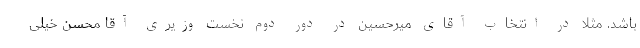
باشد. مثلا در انتخاب آقای میرحسین در دور دوم نخست وزیری آقا محسن خیلی